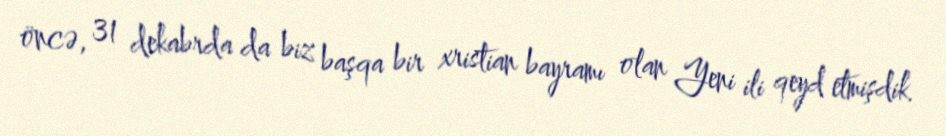
öncə, 31 dekabrda da biz başqa bir xristian bayramı olan Yeni ili qeyd etmişdik.